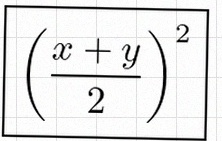
\left(\frac{x+y}{2}\right)^2